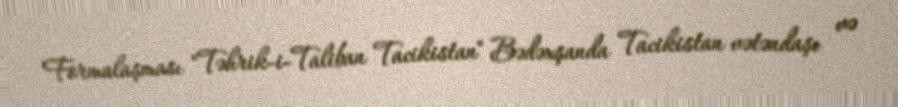
Formalaşması "Təhrik-i-Taliban Tacikistan" Bədəxşanda Tacikistan vətəndaşı və